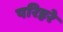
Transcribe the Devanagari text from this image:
परिहरे